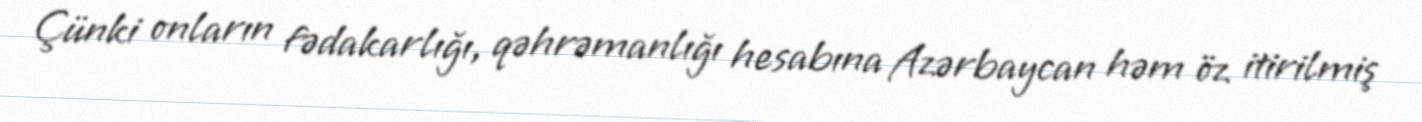
Çünki onların fədakarlığı, qəhrəmanlığı hesabına Azərbaycan həm öz itirilmiş